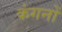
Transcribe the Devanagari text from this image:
कंगनों